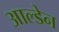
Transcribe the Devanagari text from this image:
आल्डेन